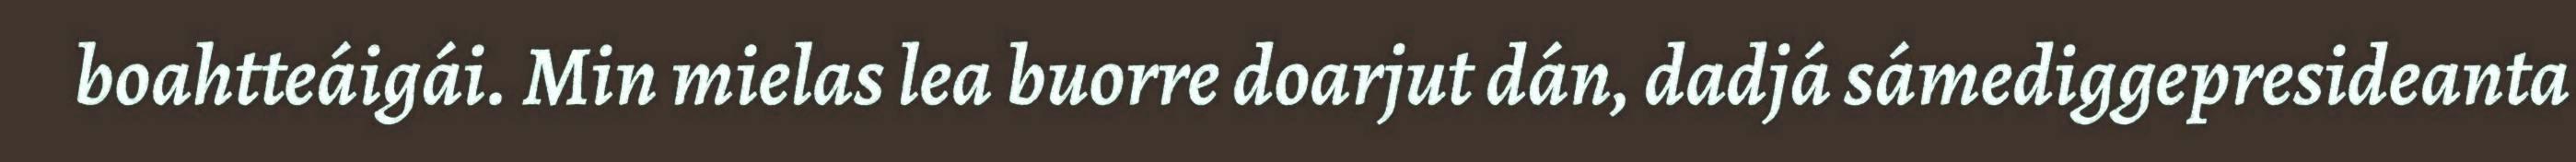
boahtteáigái. Min mielas lea buorre doarjut dán, dadjá sámediggepresideanta